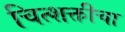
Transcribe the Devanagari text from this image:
चित्शक्तीचा